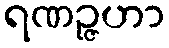
ရဏဉ္ဇဟာ